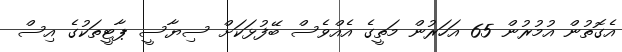
އެގޮތުން އުމުރުން 65 އަހަރުން މަތީގެ އެއްވެސް ބޭފުޅަކަށް ސިޔާސީ ޕާޓީތަކުގެ އިސް